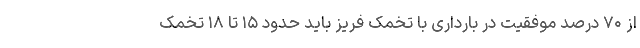
از ۷۰ درصد موفقیت در بارداری با تخمک فریز باید حدود ۱۵ تا ۱۸ تخمک